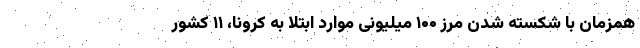
همزمان با شکسته شدن مرز ۱۰۰ میلیونی موارد ابتلا به کرونا، ۱۱ کشور